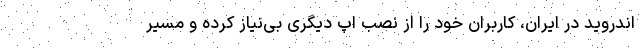
اندروید در ایران، کاربران خود را از نصب اپ دیگری بی‌نیاز کرده و مسیر